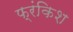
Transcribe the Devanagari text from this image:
फ्रंकिश